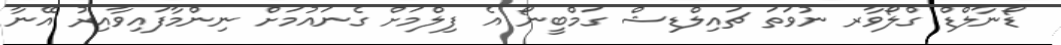
ޑޯނާލްޑް ގްލޯވާރ ނުވަތަ ޗައިލްޑިޝް ގަމްބީނޯ އެ ފިލްމަށް ގެނައުމަށް ނިންމާފައިވާއިރު އޭނާ